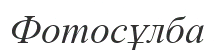
Фотосұлба